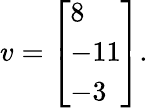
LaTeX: v={\left[\begin{array}{l}{8}\\ {-11}\\ {-3}\end{array}\right]}.